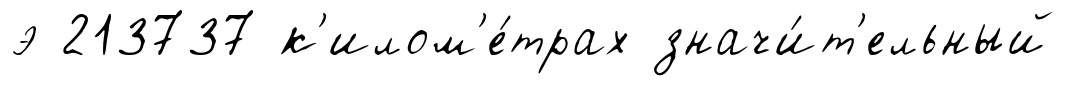
э 213737 к'илом'е́трах значи́т'ельный